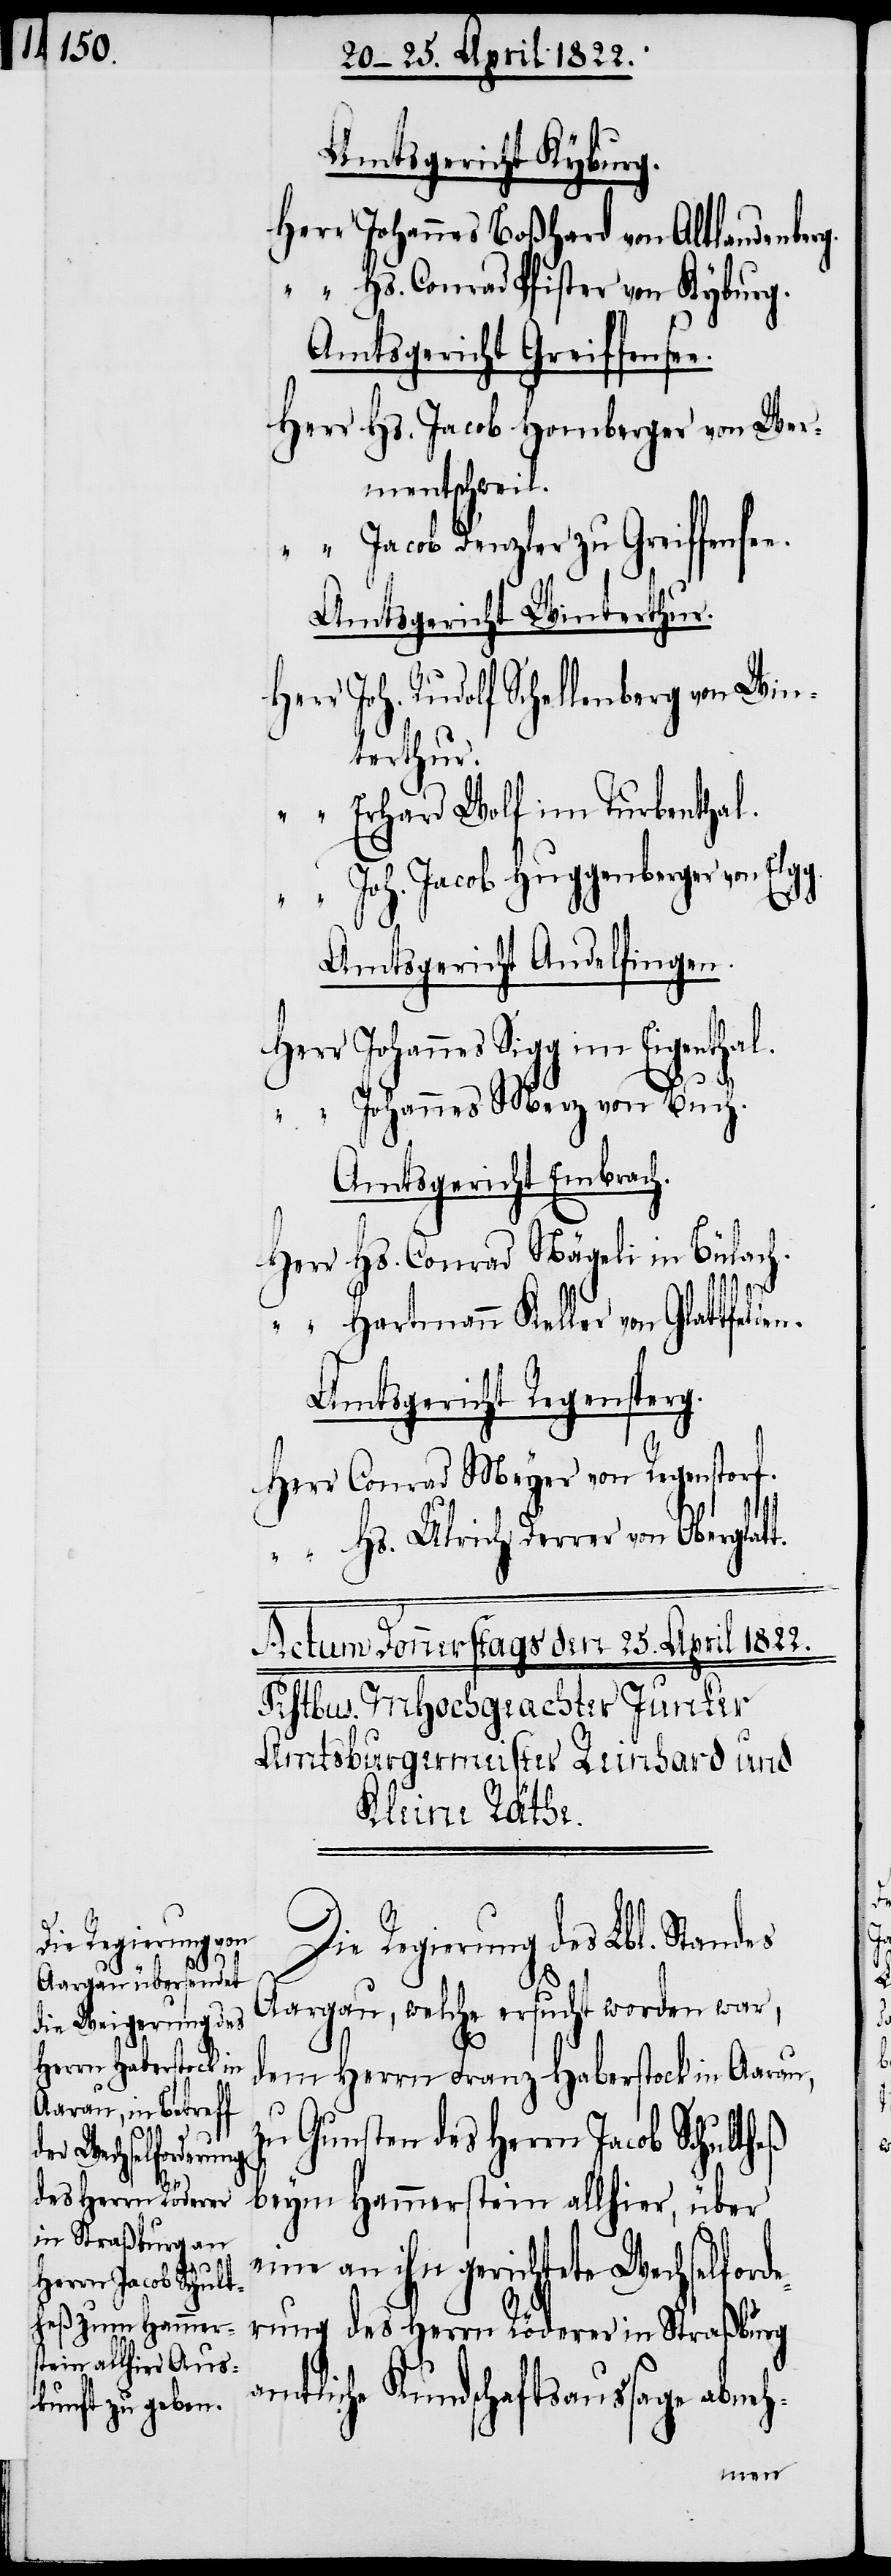
Die Regierung des
te Wechselforderung
des Herrn Röderer
in Straßburg a¬

Amtsgericht Kyburg.
Herr Johannes Boßhard von Altlandenber¬
“ Hs. Conrad Pfister von Kyburg.
Amtsgericht Greiffensee.
Herr Hs. Jacob Homberger von Wer¬
mentschweil.
“ Jacob Denzler zu Greiffense¬
Amtsgericht Winterthur.
Herr Joh. Rudolf Schellenberg von Win¬
terthur.
“ Erhard Wolf im Turbenthal.
“ Joh. Jacob Huggenberger von
Amtsgericht Andelfingen.
Herr Johannes Sigg im Eigenthal.
t.
“ Johannes Merz von Buch.
Amtsgericht Embrach.
g.
Herr Hs. Conrad Nägeli in Bülach.
“ Hartmann Keller von Glattfeld¬
Amtgericht Regensperg.
Herr Conrad Meyer von Regenstorf.
“ Hs. Ulrich Derrer von Oberglat¬
Aargau, welcher ersucht worden war,
dem Herrn Franz Haberstock in Aarau,
zu Gunsten des Herrn Jacob Schultheß
beym Hammerstein allhier, über
eine an ihn gerichte¬
mtliche Kundschaftsaussage abneh-
en.